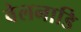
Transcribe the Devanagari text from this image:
वेलनाडि